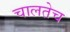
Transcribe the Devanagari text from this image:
चालतेच